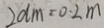
2 d m = 0 . 2 m